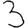
Digit: 3